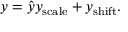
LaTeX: y = { \hat { y } } y _ { \mathrm { s c a l e } } + y _ { \mathrm { s h i f t } } .